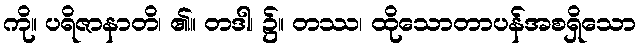
ကို။ ပရိဇာနာတိ၊ ၏။ တဒါ၊ ၌။ တဿ၊ ထိုသောတာပန်အစရှိသော